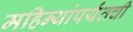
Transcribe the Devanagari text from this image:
महिन्यांपर्यंतची